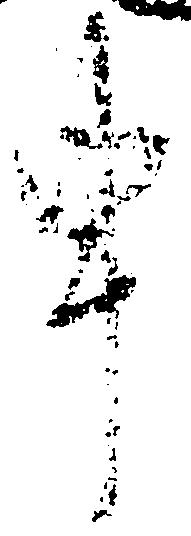
申